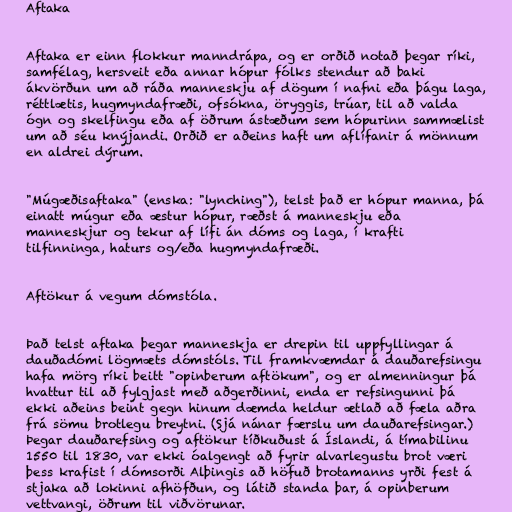
Aftaka

Aftaka er einn flokkur manndrápa, og er orðið notað þegar ríki,
samfélag, hersveit eða annar hópur fólks stendur að baki
ákvörðun um að ráða manneskju af dögum í nafni eða þágu laga,
réttlætis, hugmyndafræði, ofsókna, öryggis, trúar, til að valda
ógn og skelfingu eða af öðrum ástæðum sem hópurinn sammælist
um að séu knýjandi. Orðið er aðeins haft um aflífanir á mönnum
en aldrei dýrum.

"Múgæðisaftaka" (enska: "lynching"), telst það er hópur manna, þá
einatt múgur eða æstur hópur, ræðst á manneskju eða
manneskjur og tekur af lífi án dóms og laga, í krafti
tilfinninga, haturs og/eða hugmyndafræði.

Aftökur á vegum dómstóla.

Það telst aftaka þegar manneskja er drepin til uppfyllingar á
dauðadómi lögmæts dómstóls. Til framkvæmdar á dauðarefsingu
hafa mörg ríki beitt "opinberum aftökum", og er almenningur þá
hvattur til að fylgjast með aðgerðinni, enda er refsingunni þá
ekki aðeins beint gegn hinum dæmda heldur ætlað að fæla aðra
frá sömu brotlegu breytni. (Sjá nánar færslu um dauðarefsingar.)
Þegar dauðarefsing og aftökur tíðkuðust á Íslandi, á tímabilinu
1550 til 1830, var ekki óalgengt að fyrir alvarlegustu brot væri
þess krafist í dómsorði Alþingis að höfuð brotamanns yrði fest á
stjaka að lokinni afhöfðun, og látið standa þar, á opinberum
vettvangi, öðrum til viðvörunar.